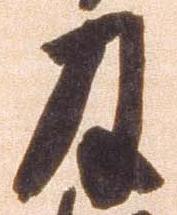
及